Vaccination report Assam 1896-1927 - 1896-1927
Year: 1896
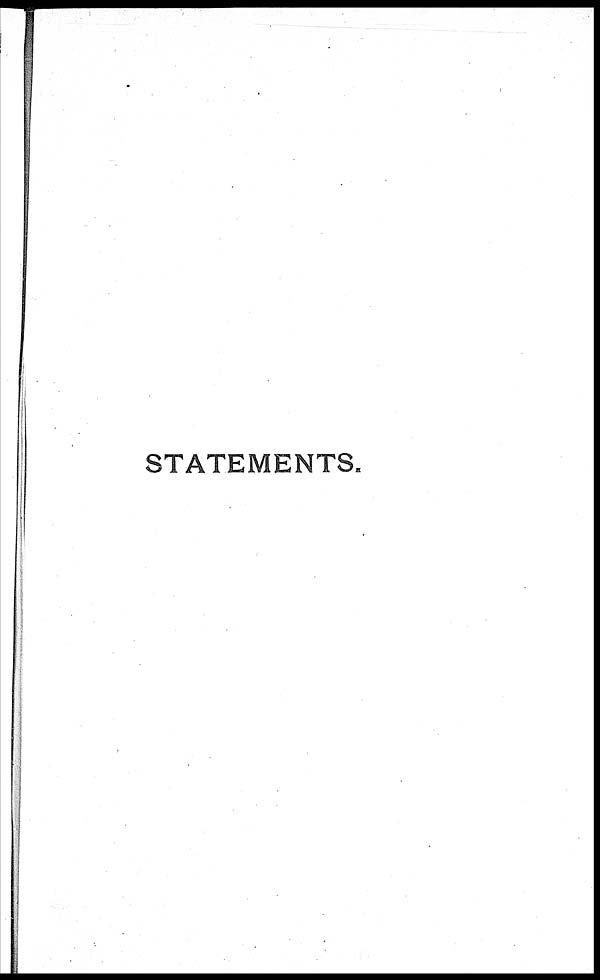
STATEMENTS.